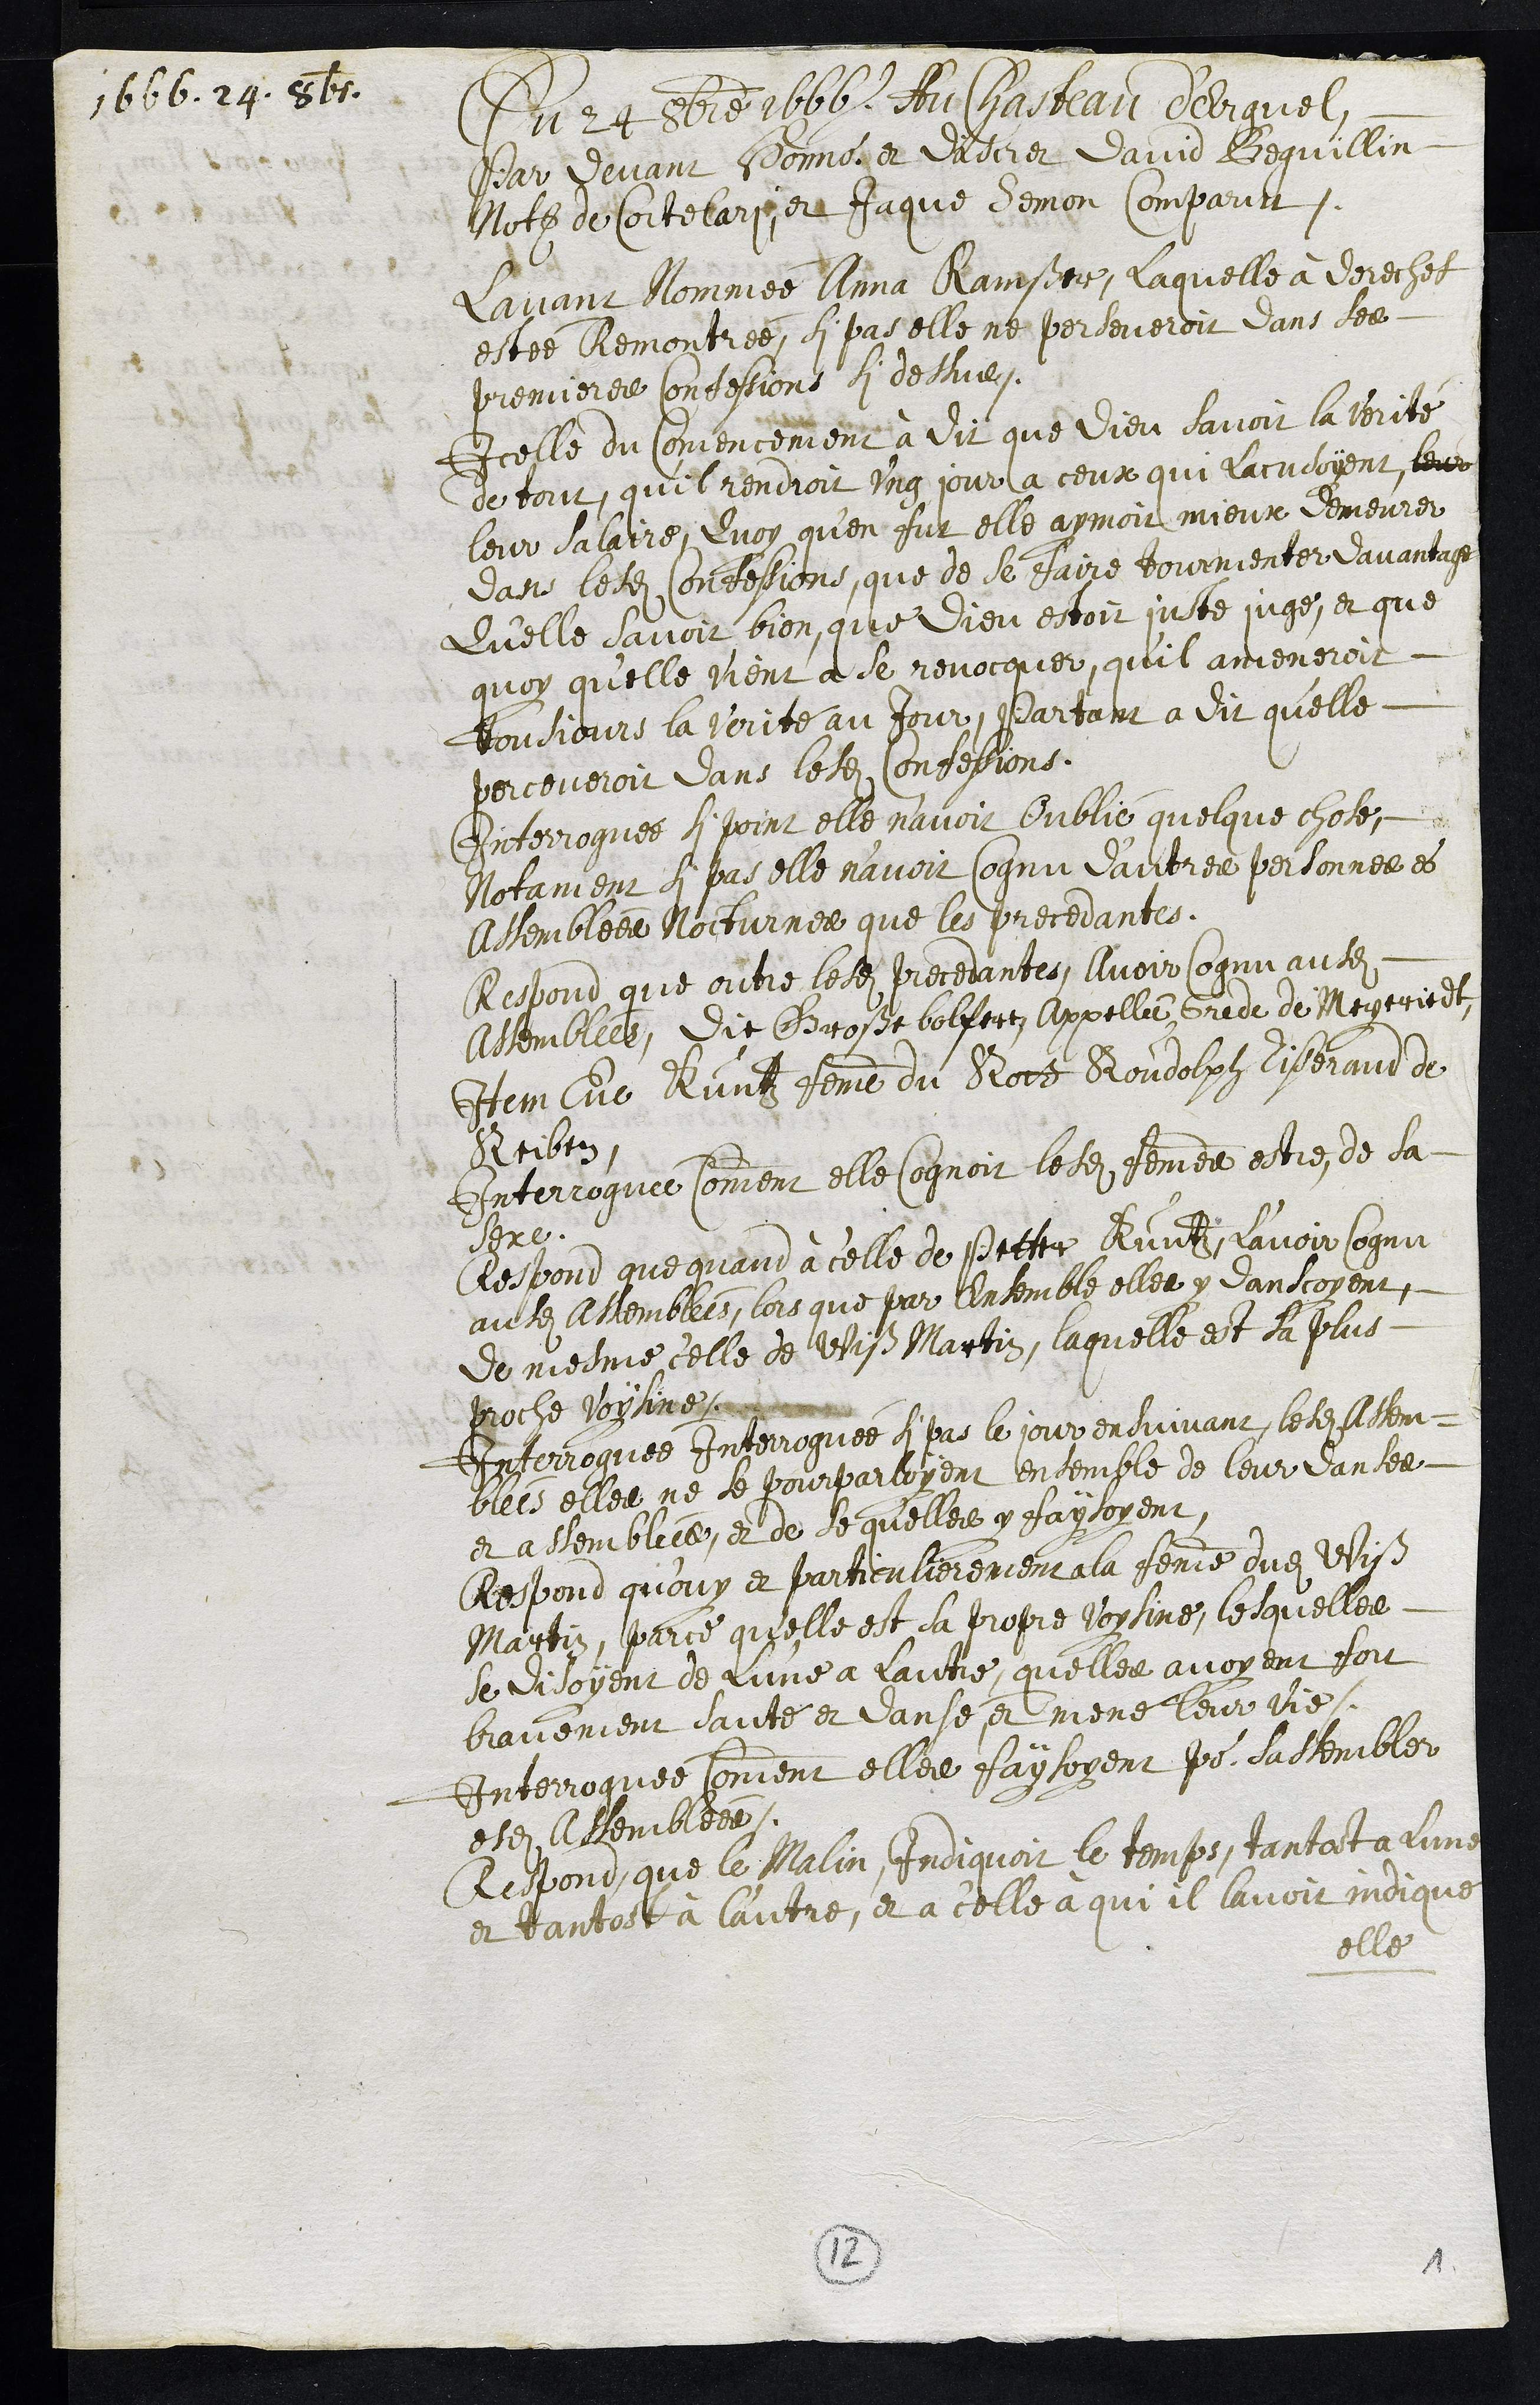
1666. 24. 8br.
Du 24 8bre 1666. Au Chasteau d'Erguel
Par devant Honnorable et discret David Beguillin
Notaire de Cortelari, et Jaque Semon comparut
Lavant nommée Anna Ramßer, laquelle à derechef
estée Remontrée, si pas elle ne perseveroit dans les
premieres confessions si dessus.
Icelle du Comencement à dit que Dieu savoit la verité
de tout, qu'il rendroit ung jour a ceux qui lacusoient, leur
leur salaire, Quoy qu’en fut elle aymoit mieux demeurer
dans lesdites Confessions, que de se faire tourmenter davantage
Qu'elle savoit bien, que Dieu estoit juste juge, et que
quoy qu'elle vient à se revocquer, qu'il ameneroit
tousjours la verité au jour, Partant a dit qu'elle
perceveroit dans lesdites Confessions.
Interroguée si point elle n'avoit Oublié quelque chose,
Notament si pas elle n'avoit Cognu d’autres personnes es
Assemblees Nocturnes que les precedantes,
Respond que oultre lesdites precedantes, Avoir cognu ausdites
Assemblées, Dit Große bolfere, Appellée Grede de Meyeriedt
Item Eve Kuntzt femme du Rott Roudolph Tisserand de
Reiben.
Interroguée comment elle cognoit lesdites femmes estre de sa
secte.
Respond que quand à celle de Petter Kuntz, l'avoir cognu
ausdites Assemblées, lors que par Ensemble elles y danscoyent
de mesme celle de Wiß Martin, laquelle est la plus
proche voysine.
Interroguée Interroguée si pas le jour ensuivant, lesdites Assem-
blées elles ne se pourparloyent ensemble de leur danses
et assemblées, et de se qu'elles y faisoyent
Respond qu’ouy et particulierement a la femme dudit Wiß
Martin, parce qu'elle est sa propre voysine, lesquelles
se disoyent de l'une a lautre, quelles avoyent fort
bravement sauté et dansé et mené leur vie.
Interroguée Comment elles faysoyent pour sassembler
esdites Assemblées.
Respond, que le Malin, Indiquoit le temps, tantost a Lune
et tantost à l'autre, et a celle à qui il lavoit indiqué
elle
12
1